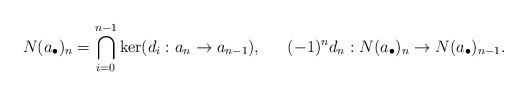
LaTeX: \begin{align*} N(a_{\bullet})_{n}=\bigcap_{i=0}^{n-1}\ker(d_{i}:a_{n}\to a_{n-1}),&&(-1)^{n}d_{n}:N(a_{\bullet})_{n}\to N(a_{\bullet})_{n-1}.\end{align*}